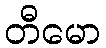
တီမော